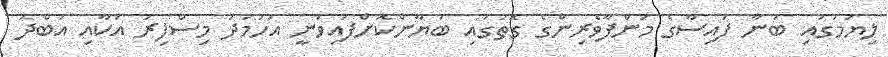
ލިޔުމުގައި ބުނާ ފައިސާގެ މަންފާވެރިންގެ ގޮތުގައި ބަޔާންކޮށްފައިވަނީ އަހުމަދު މިސްފިރު އަކާއި އަބްދު